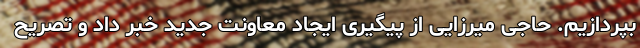
بپردازیم. حاجی میرزایی از پیگیری ایجاد معاونت جدید خبر داد و تصریح